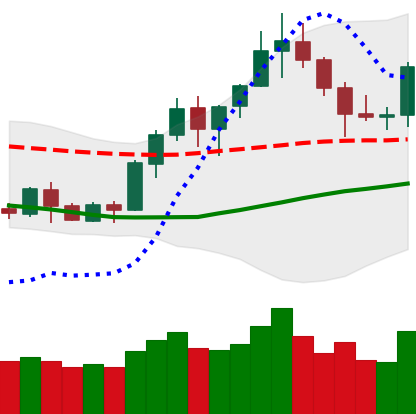
Ticker: BNB-USD
Chart end date: 2020-07-19
Forward return: 6.667%
Label: up_5_7